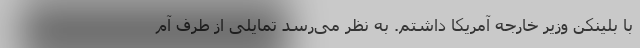
با بلینکن وزیر خارجه آمریکا داشتم. به نظر می‌رسد تمایلی از طرف آم